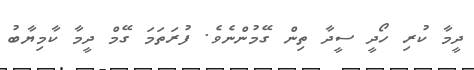
ދީމާ ކުރި ހޯދީ ސީދާ ތިން ގޭމުންނެވެ. ފުރަތަމަ ގޭމް ދީމާ ކާމިޔާބު